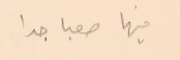
فيها صعبا جدا